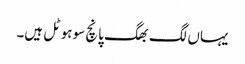
یہاں لگ بھگ پانچ سو ہوٹل ہیں۔